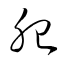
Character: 胎